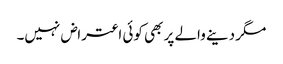
مگر دینے والے پر بھی کوئی اعتراض نہیں۔